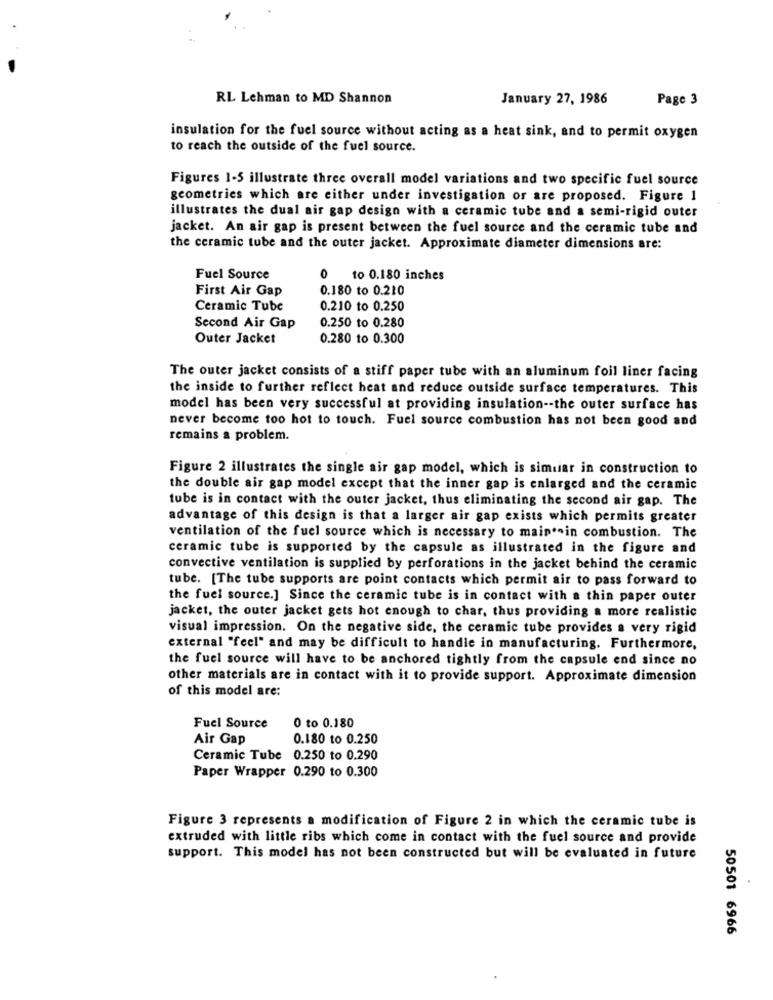
RL Lehman to MD Shannon
January 27, 1986
Page 3
insulation for the fuel source without acting as a heat sink, and to permit oxygen
to reach the outside of the fuel source.
Figures 1-5 illustrate three overall model variations and two specific fuel source
geometries which are either under investigation or are proposed. Figure 1
illustrates the dual air gap design with a ceramic tube and a semi-rigid outer
jacket. An air gap is present between the fuel source and the ceramic tube and
the ceramic tube and the outer jacket. Approximate diameter dimensions are:
Fuel Source
0
to 0.180 inches
First Air Gap
0.180 to 0.210
Ceramic Tube
0.210 to 0.250
0.250 to 0.280
Second Air Gap
Outer Jacket
0.280 to 0.300
The outer jacket consists of a stiff paper tube with an aluminum foil liner facing
the inside to further reflect heat and reduce outside surface temperatures. This
model has been very successful at providing insulation -- the outer surface has
never become too hot to touch. Fuel source combustion has not been good and
remains a problem.
Figure 2 illustrates the single air gap model, which is simliar in construction to
the double air gap model except that the inner gap is enlarged and the ceramic
tube is in contact with the outer jacket, thus eliminating the second air gap. The
advantage of this design is that a larger air gap exists which permits greater
ventilation of the fuel source which is necessary to main.ein combustion. The
ceramic tube is supported by the capsule as illustrated in the figure and
convective ventilation is supplied by perforations in the jacket behind the ceramic
tube. [The tube supports are point contacts which permit air to pass forward to
the fuel source.] Since the ceramic tube is in contact with a thin paper outer
jacket, the outer jacket gets hot enough to char, thus providing a more realistic
visual impression. On the negative side, the ceramic tube provides a very rigid
external "feel" and may be difficult to handle in manufacturing. Furthermore,
the fuel source will have to be anchored tightly from the capsule end since no
other materials are in contact with it to provide support. Approximate dimension
of this model are:
Fuel Source
0 to 0.180
Air Gap
0.180 to 0.250
Ceramic Tube 0.250 to 0.290
Paper Wrapper 0.290 to 0.300
Figure 3 represents a modification of Figure 2 in which the ceramic tube is
extruded with little ribs which come in contact with the fuel source and provide
support. This model has not been constructed but will be evaluated in future
50501 6966